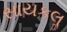
સાયકલૢ